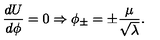
\frac { d U } { d \phi } = 0 \Rightarrow \phi _ { \pm } = \pm \frac { \mu } { \sqrt { \lambda } } .